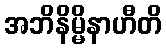
အဘိနိမ္မိနာဟီတိ